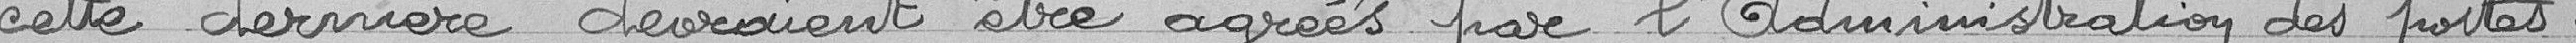
cette dernière devraient être agréés par l'Administration des postes